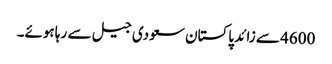
4600 سے زائد پاکستان سعودی جیل سے رہا ہوئے۔